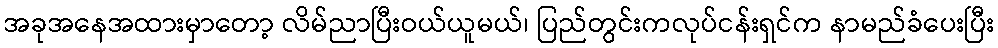
အခုအနေအထားမှာတော့ လိမ်ညာပြီးဝယ်ယူမယ်၊ ပြည်တွင်းကလုပ်ငန်းရှင်က နာမည်ခံပေးပြီး